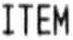
ITEM